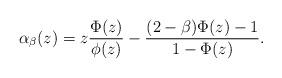
LaTeX: \begin{align*}\alpha_\beta(z)=z\frac{\Phi(z)}{\phi(z)} - \frac{(2-\beta)\Phi(z)-1}{1-\Phi(z)}.\end{align*}